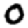
Digit: 0